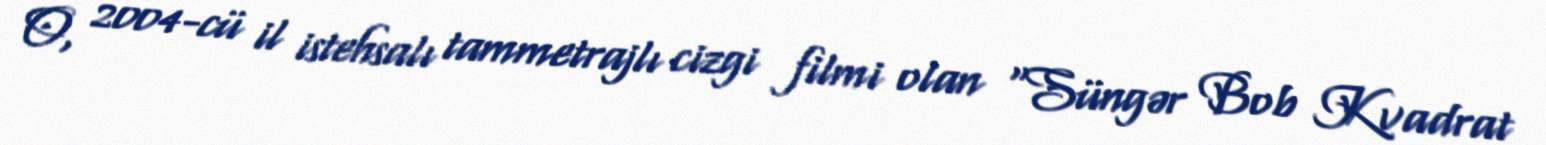
O, 2004-cü il istehsalı tammetrajlı cizgi filmi olan "Süngər Bob Kvadrat